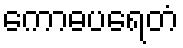
ကောဓပရေတံ